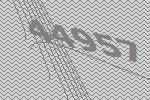
44957